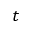
t